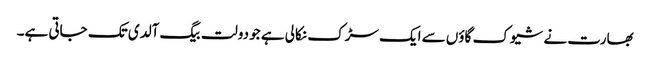
بھارت نے شیوک گاؤں سے ایک سڑک نکالی ہے جو دولت بیگ آلدی تک جاتی ہے۔